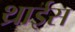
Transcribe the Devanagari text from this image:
थ्राईस